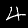
Digit: 4